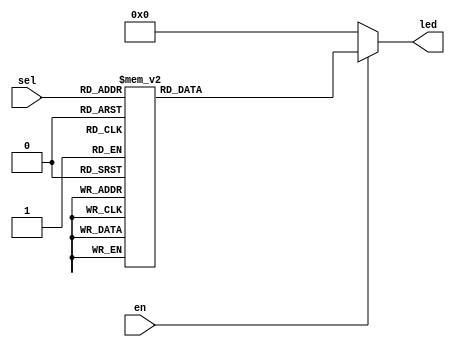
module decode38 (
  output reg [7:0] led,
  input wire [2:0] sel,
  input wire en
);
  always @(*) begin
    if (en) begin
      case (sel)
        3'b000: led = 8'b00000001;
        3'b001: led = 8'b00000010;
        3'b010: led = 8'b00000100;
        3'b011: led = 8'b00001000;
        3'b100: led = 8'b00010000;
        3'b101: led = 8'b00100000;
        3'b110: led = 8'b01000000;
        3'b111: led = 8'b10000000;
      endcase
    end else begin
      led = 8'b00000000;
    end
  end
endmodule